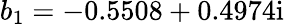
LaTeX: b_{1}=-0.5508+0.4974\mathrm{i}